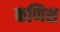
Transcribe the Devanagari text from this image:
कणिश